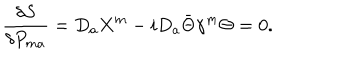
{ \frac { \delta S } { \delta P _ { m a } } } = D _ { a } X ^ { m } - i D _ { a } \bar { \Theta } \gamma ^ { m } \Theta = 0 .